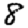
Digit: 8